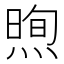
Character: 𪹕